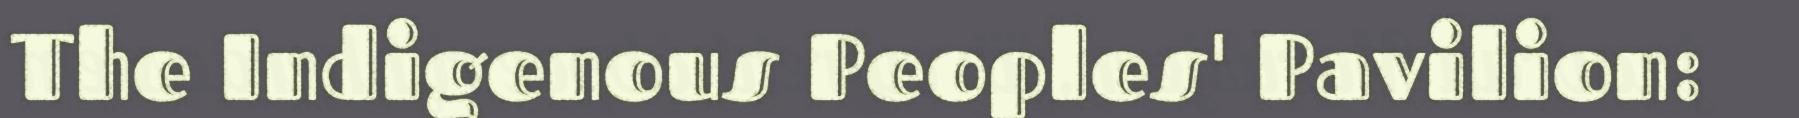
The Indigenous Peoples' Pavilion: